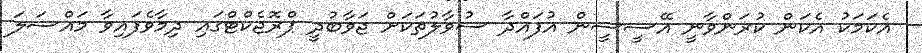
އެކަމަކު އެކަން ކުރަންވާނީ އޭސީސީން އުފައްދާ ސުވާލުތަކަށް ޖަވާބުދީ ޕްރޮޖެކްޓްގައި ދިމާވެފައިވާ މައްސަލަ